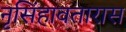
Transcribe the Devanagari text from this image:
नृसिंहावतारास